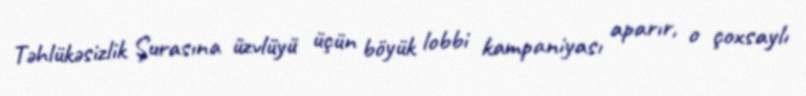
Təhlükəsizlik Şurasına üzvlüyü üçün böyük lobbi kampaniyası aparır, o çoxsaylı